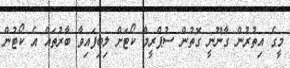
މީގެ އިތުރުން ގާނޫނީ ގޮތުން ސުޕްރީމް ކޯޓަށް ލިބިފައިވާ ބާރުތައް އެ ކޯޓުން